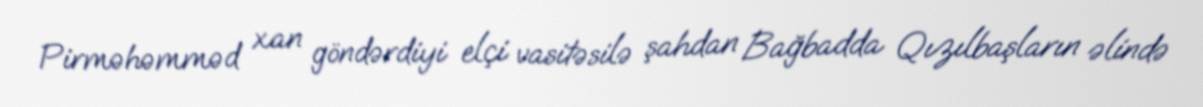
Pirməhəmməd xan göndərdiyi elçi vasitəsilə şahdan Bağbadda Qızılbaşların əlində